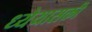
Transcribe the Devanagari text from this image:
ध्येयासक्ती